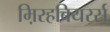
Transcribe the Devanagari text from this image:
म़िरहबियरर्स